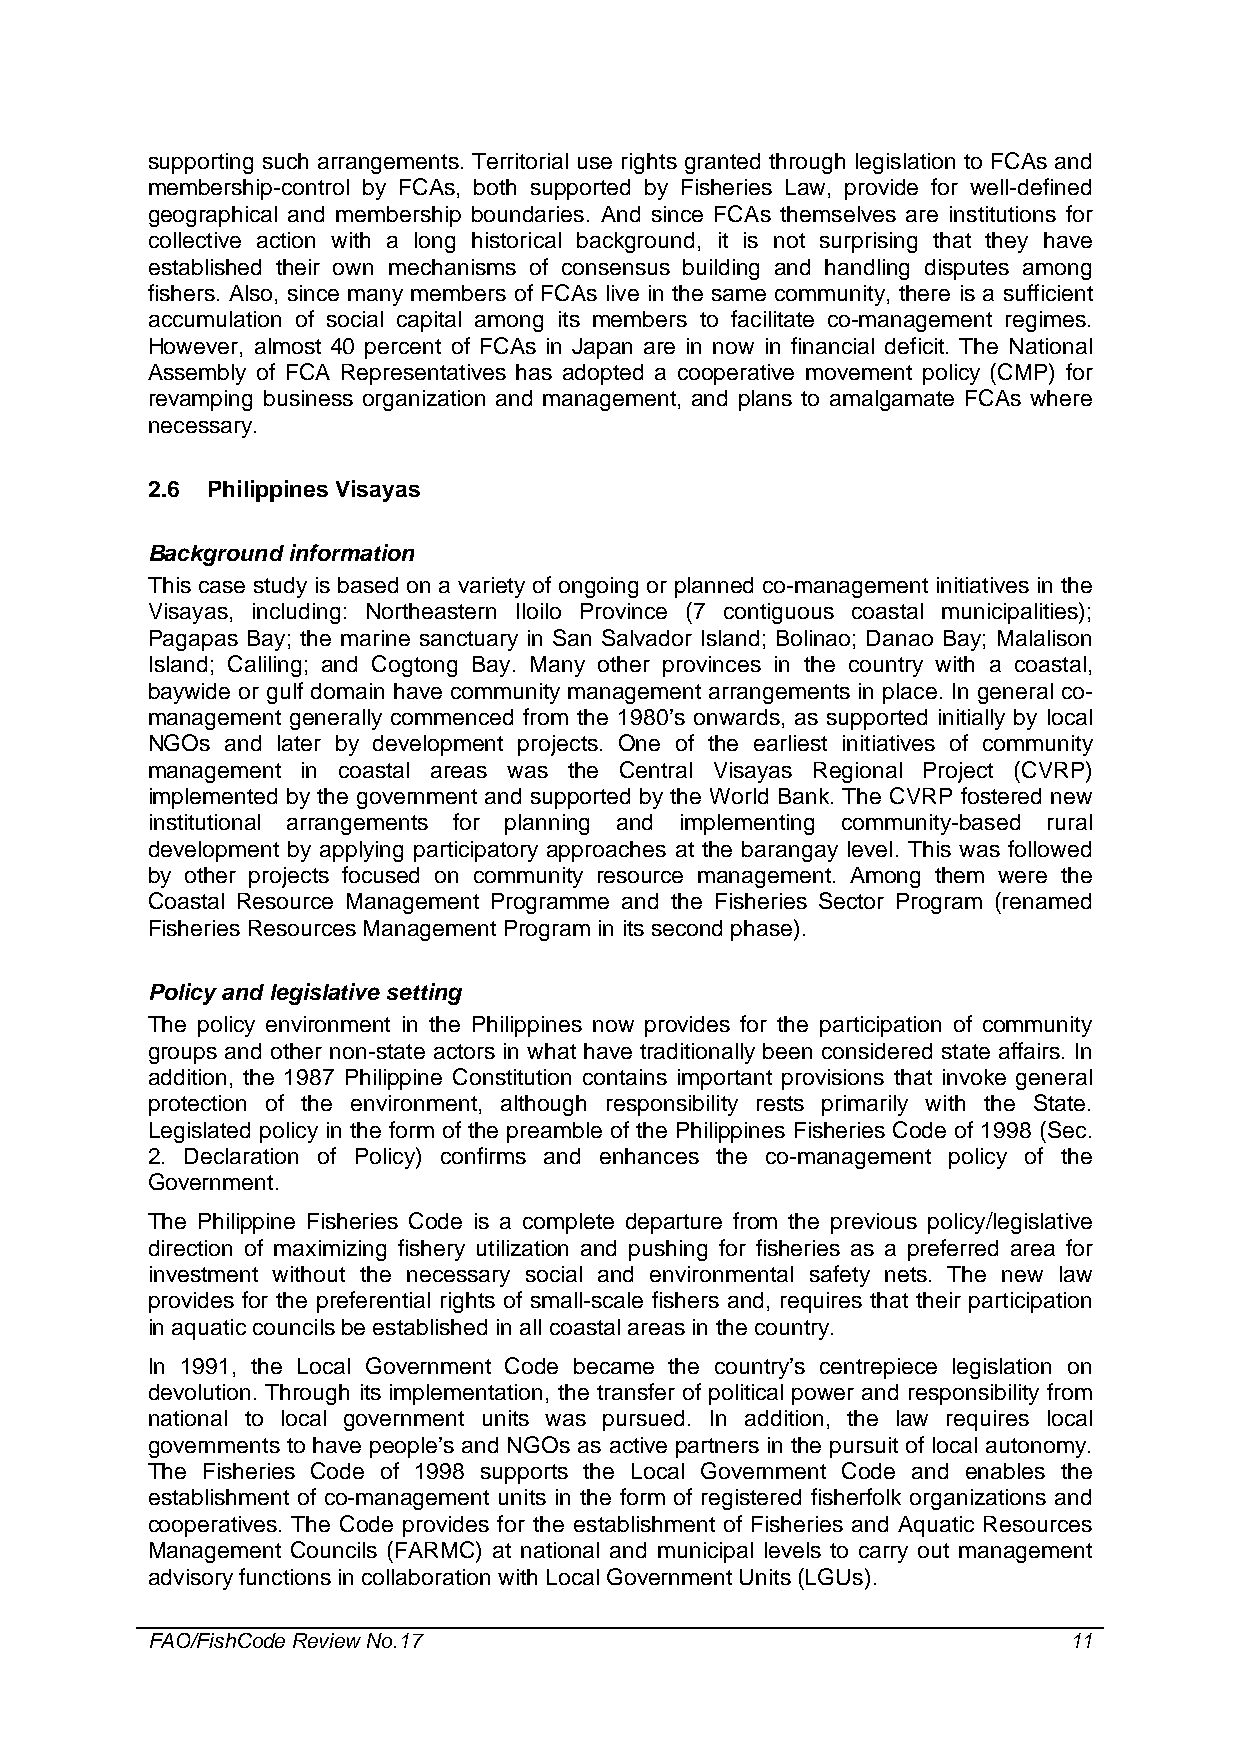
supporting such arrangements. Territorial use rights granted through legislation to FCAs and
 membership-control by FCAs, both supported by Fisheries Law, provide for well-defined
 geographical and membership boundaries. And since FCAs themselves are institutions for
 collective action with a long historical background, it is not surprising that they have
 established their own mechanisms of consensus building and handling disputes among
 fishers. Also, since many members of FCAs live in the same community, there is a sufficient
 accumulation of social capital among its members to facilitate co-management regimes.
 However, almost 40 percent of FCAs in Japan are in now in financial deficit. The National
 Assembly of FCA Representatives has adopted a cooperative movement policy (CMP) for
 revamping business organization and management, and plans to amalgamate FCAs where
 necessary.
 2.6 Philippines Visayas
 Background information
 This case study is based on a variety of ongoing or planned co-management initiatives in the
 Visayas, including: Northeastern Iloilo Province (7 contiguous coastal municipalities);
 Pagapas Bay; the marine sanctuary in San Salvador Island; Bolinao; Danao Bay; Malalison
 Island; Caliling; and Cogtong Bay. Many other provinces in the country with a coastal,
 baywide or gulf domain have community management arrangements in place. In general co-
 management generally commenced from the 1980’s onwards, as supported initially by local
 NGOs and later by development projects. One of the earliest initiatives of community
 management in coastal areas was the Central Visayas Regional Project (CVRP)
 implemented by the government and supported by the World Bank. The CVRP fostered new
 institutional arrangements for planning and implementing community-based rural
 development by applying participatory approaches at the barangay level. This was followed
 by other projects focused on community resource management. Among them were the
 Coastal Resource Management Programme and the Fisheries Sector Program (renamed
 Fisheries Resources Management Program in its second phase).
 Policy and legislative setting
 The policy environment in the Philippines now provides for the participation of community
 groups and other non-state actors in what have traditionally been considered state affairs. In
 addition, the 1987 Philippine Constitution contains important provisions that invoke general
 protection of the environment, although responsibility rests primarily with the State.
 Legislated policy in the form of the preamble of the Philippines Fisheries Code of 1998 (Sec.
 2. Declaration of Policy) confirms and enhances the co-management policy of the
 Government.
 The Philippine Fisheries Code is a complete departure from the previous policy/legislative
 direction of maximizing fishery utilization and pushing for fisheries as a preferred area for
 investment without the necessary social and environmental safety nets. The new law
 provides for the preferential rights of small-scale fishers and, requires that their participation
 in aquatic councils be established in all coastal areas in the country.
 In 1991, the Local Government Code became the country’s centrepiece legislation on
 devolution. Through its implementation, the transfer of political power and responsibility from
 national to local government units was pursued. In addition, the law requires local
 governments to have people’s and NGOs as active partners in the pursuit of local autonomy.
 The Fisheries Code of 1998 supports the Local Government Code and enables the
 establishment of co-management units in the form of registered fisherfolk organizations and
 cooperatives. The Code provides for the establishment of Fisheries and Aquatic Resources
 Management Councils (FARMC) at national and municipal levels to carry out management
 advisory functions in collaboration with Local Government Units (LGUs).
 FAO/FishCode Review No.17                                    11